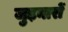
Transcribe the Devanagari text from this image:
जुड़नारों